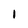
Character: 1